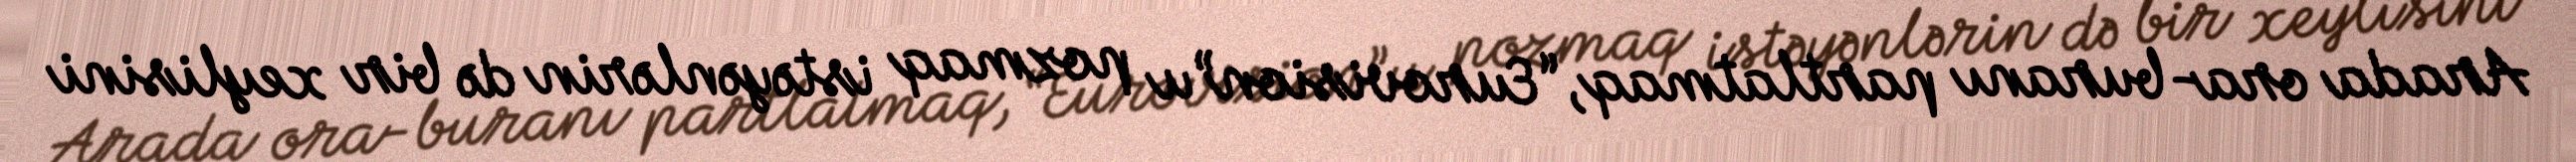
Arada ora-buranı partlatmaq, “Eurovision”u pozmaq istəyənlərin də bir xeylisini